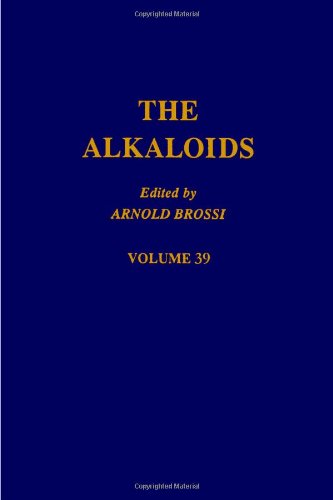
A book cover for The Alkaloids: Chemistry and Pharmacology, Vol. 39; Science & Math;